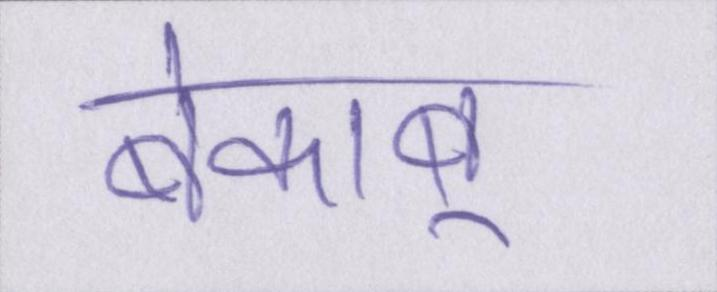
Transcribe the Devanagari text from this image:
बेकाबू